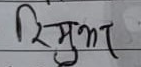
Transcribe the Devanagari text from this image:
रिमुझट